Vaccination report Assam 1874-1896 - 1874-1896
Year: 1874
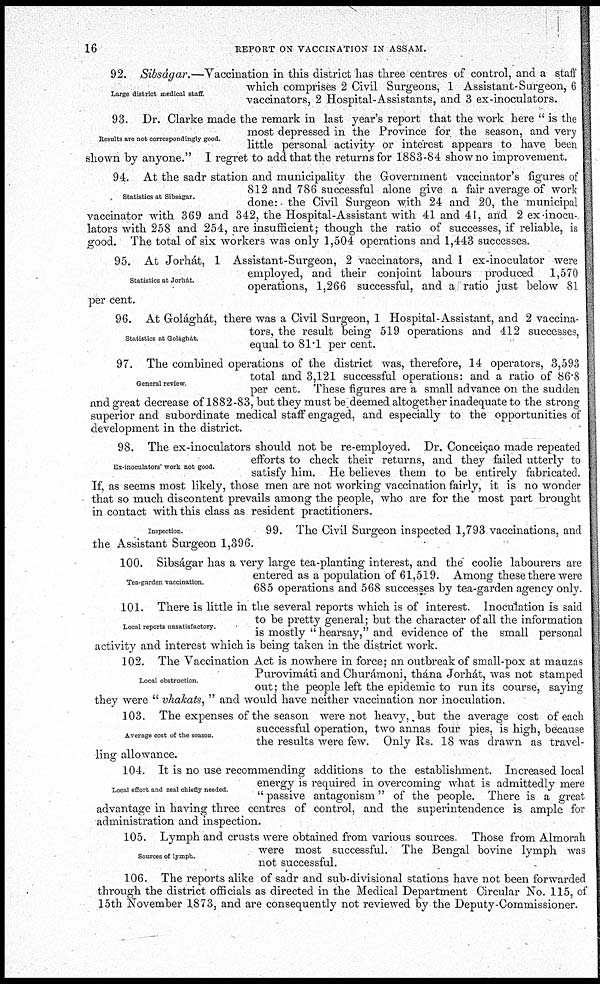
16
REPORT ON VACCINATION IN ASSAM.
Large district medical staff.
92. Sibságar.—Vaccination in this district has three centres of control, and a staff
which comprises 2 Civil Surgeons, 1 Assistant-Surgeon, 6
vaccinators, 2 Hospital-Assistants, and 3 ex-inoculators.
Results are not correspondingly good.
93. Dr. Clarke made the remark in last year's report that the work here " is the
most depressed in the Province for the season, and very
little personal activity or interest appears to have been
shown by anyone." I regret to add that the returns for 1883-84 show no improvement.
Statistics at Sibságar.
94. At the sadr station and municipality the Government vaccinator's figures of
812 and 786 successful alone give a fair average of work
done: - the Civil Surgeon with 24 and 20, the municipal
vaccinator with 369 and 342, the Hospital-Assistant with 41 and 41, and 2 ex-inocu-
lators with 258 and 254, are insufficient; though the ratio of successes, if reliable, is
good. The total of six workers was only 1,504 operations and 1,443 successes.
Statistics at Jorhát.
95. At Jorhát, 1 Assistant-Surgeon, 2 vaccinators, and 1 ex-inoculator were
employed, and their conjoint labours produced 1,570
operations, 1,266 successful, and a ratio just below 81
per cent.
Statistics at Golághát.
96. At Golághát, there was a Civil Surgeon, 1 Hospital-Assistant, and 2 vaccina¬
tors, the result being 519 operations and 412 successes,
equal to 81.1 per cent.
General review.
97. The combined operations of the district was, therefore, 14 operators, 3,593
total and 3,121 successful operations: and a ratio of 86.8
per cent. These figures are a small advance on the sudden
and great decrease of 1882-83, but they must be deemed altogether inadequate to the strong
superior and subordinate medical staff engaged, and especially to the opportunities of
development in the district.
Ex-inoculators' work not good.
98. The ex-inoculators should not be re-employed. Dr. Conceiçao made repeated
efforts to check their returns, and they failed utterly to
satisfy him. He believes them to be entirely fabricated.
If, as seems most likely, those men are not working vaccination fairly, it is no wonder
that so much discontent prevails among the people, who are for the most part brought
in contact with this class as resident practitioners.
Inspection.
99. The Civil Surgeon inspected 1,793 vaccinations, and
the Assistant Surgeon 1,396.
Tea-garden vaccination.
100. Sibságar has a very large tea-planting interest, and the coolie labourers are
entered as a population of 61,519. Among these there were
685 operations and 568 successes by tea-garden agency only.
Local reports unsatisfactory.
101. There is little in the several reports which is of interest. Inoculation is said
to be pretty general; but the character of all the information
is mostly " hearsay," and evidence of the small personal
activity and interest which is being taken in the district work.
Local obstruction.
102. The Vaccination Act is nowhere in force; an outbreak of small-pox at mauzas
Purovimáti and Churámoni, thána Jorhát, was not stamped
out; the people left the epidemic to run its course, saying
they were " vhakats, " and would have neither vaccination nor inoculation.
Average cost of the season.
103. The expenses of the season were not heavy, but the average cost of each
successful operation, two annas four pies, is high, because
the results were few. Only Rs. 18 was drawn as travel-
ling; allowance.
Local effort and zeal chiefly needed.
104. It is no use recommending additions to the establishment. Increased local
energy is required in overcoming what is admittedly mere
" passive antagonism" of the people. There is a great
advantage in having three centres of control, and the superintendence is ample for
administration and inspection.
Sources of lymph.
105. Lymph and crusts were obtained from various sources. Those from Almorah
were most successful. The Bengal bovine lymph was
not successful.
106. The reports alike of sadr and sub-divisional stations have not been forwarded
through the district officials as directed in the Medical Department Circular No. 115, of
15th November 1873, and are consequently not reviewed by the Deputy-Commissioner.